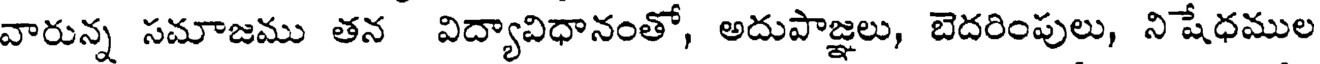
వారున్న సమాజము తన విద్యావిధానంతో, అదుపాజ్ఞలు, బెదరింపులు, నిషేధముల